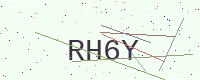
Text: RH6Y